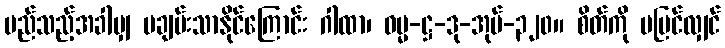
မည်သည့်အခါမျှ မချမ်းသာနိုင်ကြောင်း ဂါထာ၊ ဓမ္မ-ဋ္ဌ-ဒု-အုပ်-၃၂၀။ စိတ်ကို မပြင်လျှင်